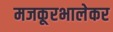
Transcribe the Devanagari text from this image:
मजकूरभालेकर